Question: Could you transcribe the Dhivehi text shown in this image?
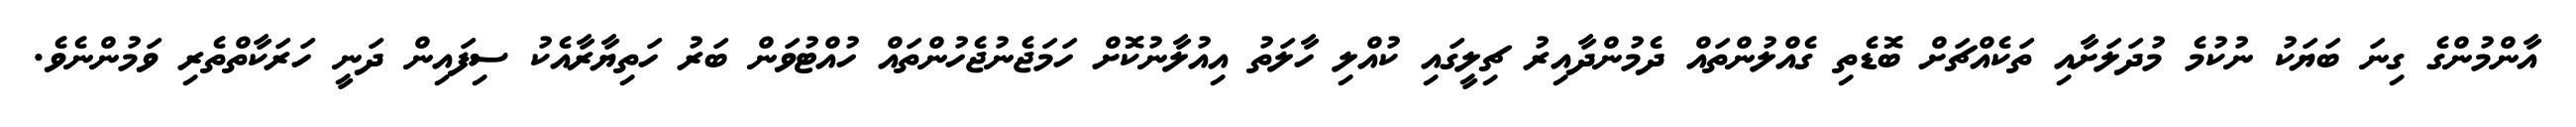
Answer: އާންމުންގެ ގިނަ ބަޔަކު ނުކުމެ މުދަލަށާއި ތަކެއްޗަށް ބޮޑެތި ގެއްލުންތައް ދެމުންދާއިރު ޗިލީގައި ކުއްލި ހާލަތު އިއުލާނުކޮށް ހަމަޖެނުޖެހުންތައް ހުއްޓުވަން ބަރު ހަތިޔާރާއެކު ސިފައިން ދަނީ ހަރަކާތްތެރި ވަމުންނެވެ.